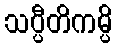
သပ္ပီတိကမ္ပိ